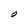
Character: O